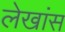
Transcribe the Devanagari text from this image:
लेखांस